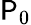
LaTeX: \mathsf{P}_{0}